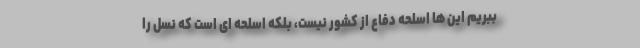
ببریم این ها اسلحه دفاع از کشور نیست، بلکه اسلحه ای است که نسل را